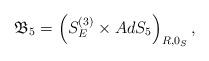
LaTeX: \begin{align*}\mathfrak{B}_{5}=\left( S_{E}^{(3)}\times AdS_{5}\right) _{R,0_{S}},\end{align*}